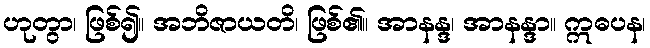
ဟုတွာ၊ ဖြစ်၍။ အဘိဇာယတိ၊ ဖြစ်၏။ အာနန္ဒ၊ အာနန္ဒာ။ ဣဓပန၊